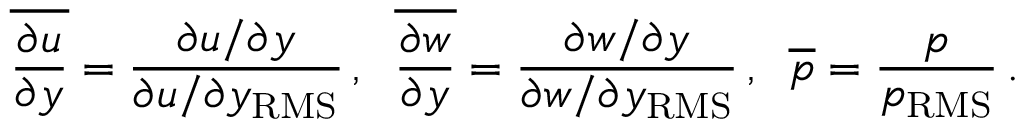
\overline { { \frac { \partial u } { \partial y } } } = \frac { \partial u / \partial y } { \partial u / \partial y _ { \mathrm { R M S } } } \, , \; \; \overline { { \frac { \partial w } { \partial y } } } = \frac { \partial w / \partial y } { \partial w / \partial y _ { \mathrm { R M S } } } \, , \; \; \overline { { p } } = \frac { p } { p _ { \mathrm { R M S } } } \, .